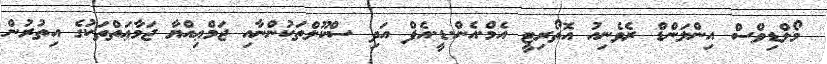
މޯލްޑިވްސް އިންލަންޑް ރެވެނިއު އޮތޯރިޓީ އެމް.އެން.ޑީ.އެފް އަދި ސްކޫލްތަކުންނާއި ޖަމްޢިއްޔާ ޖަމާޢަތްތަކުގެ އިތުރުން